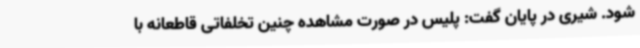
شود. شیری در پایان گفت: پلیس در صورت مشاهده چنین تخلفاتی قاطعانه با